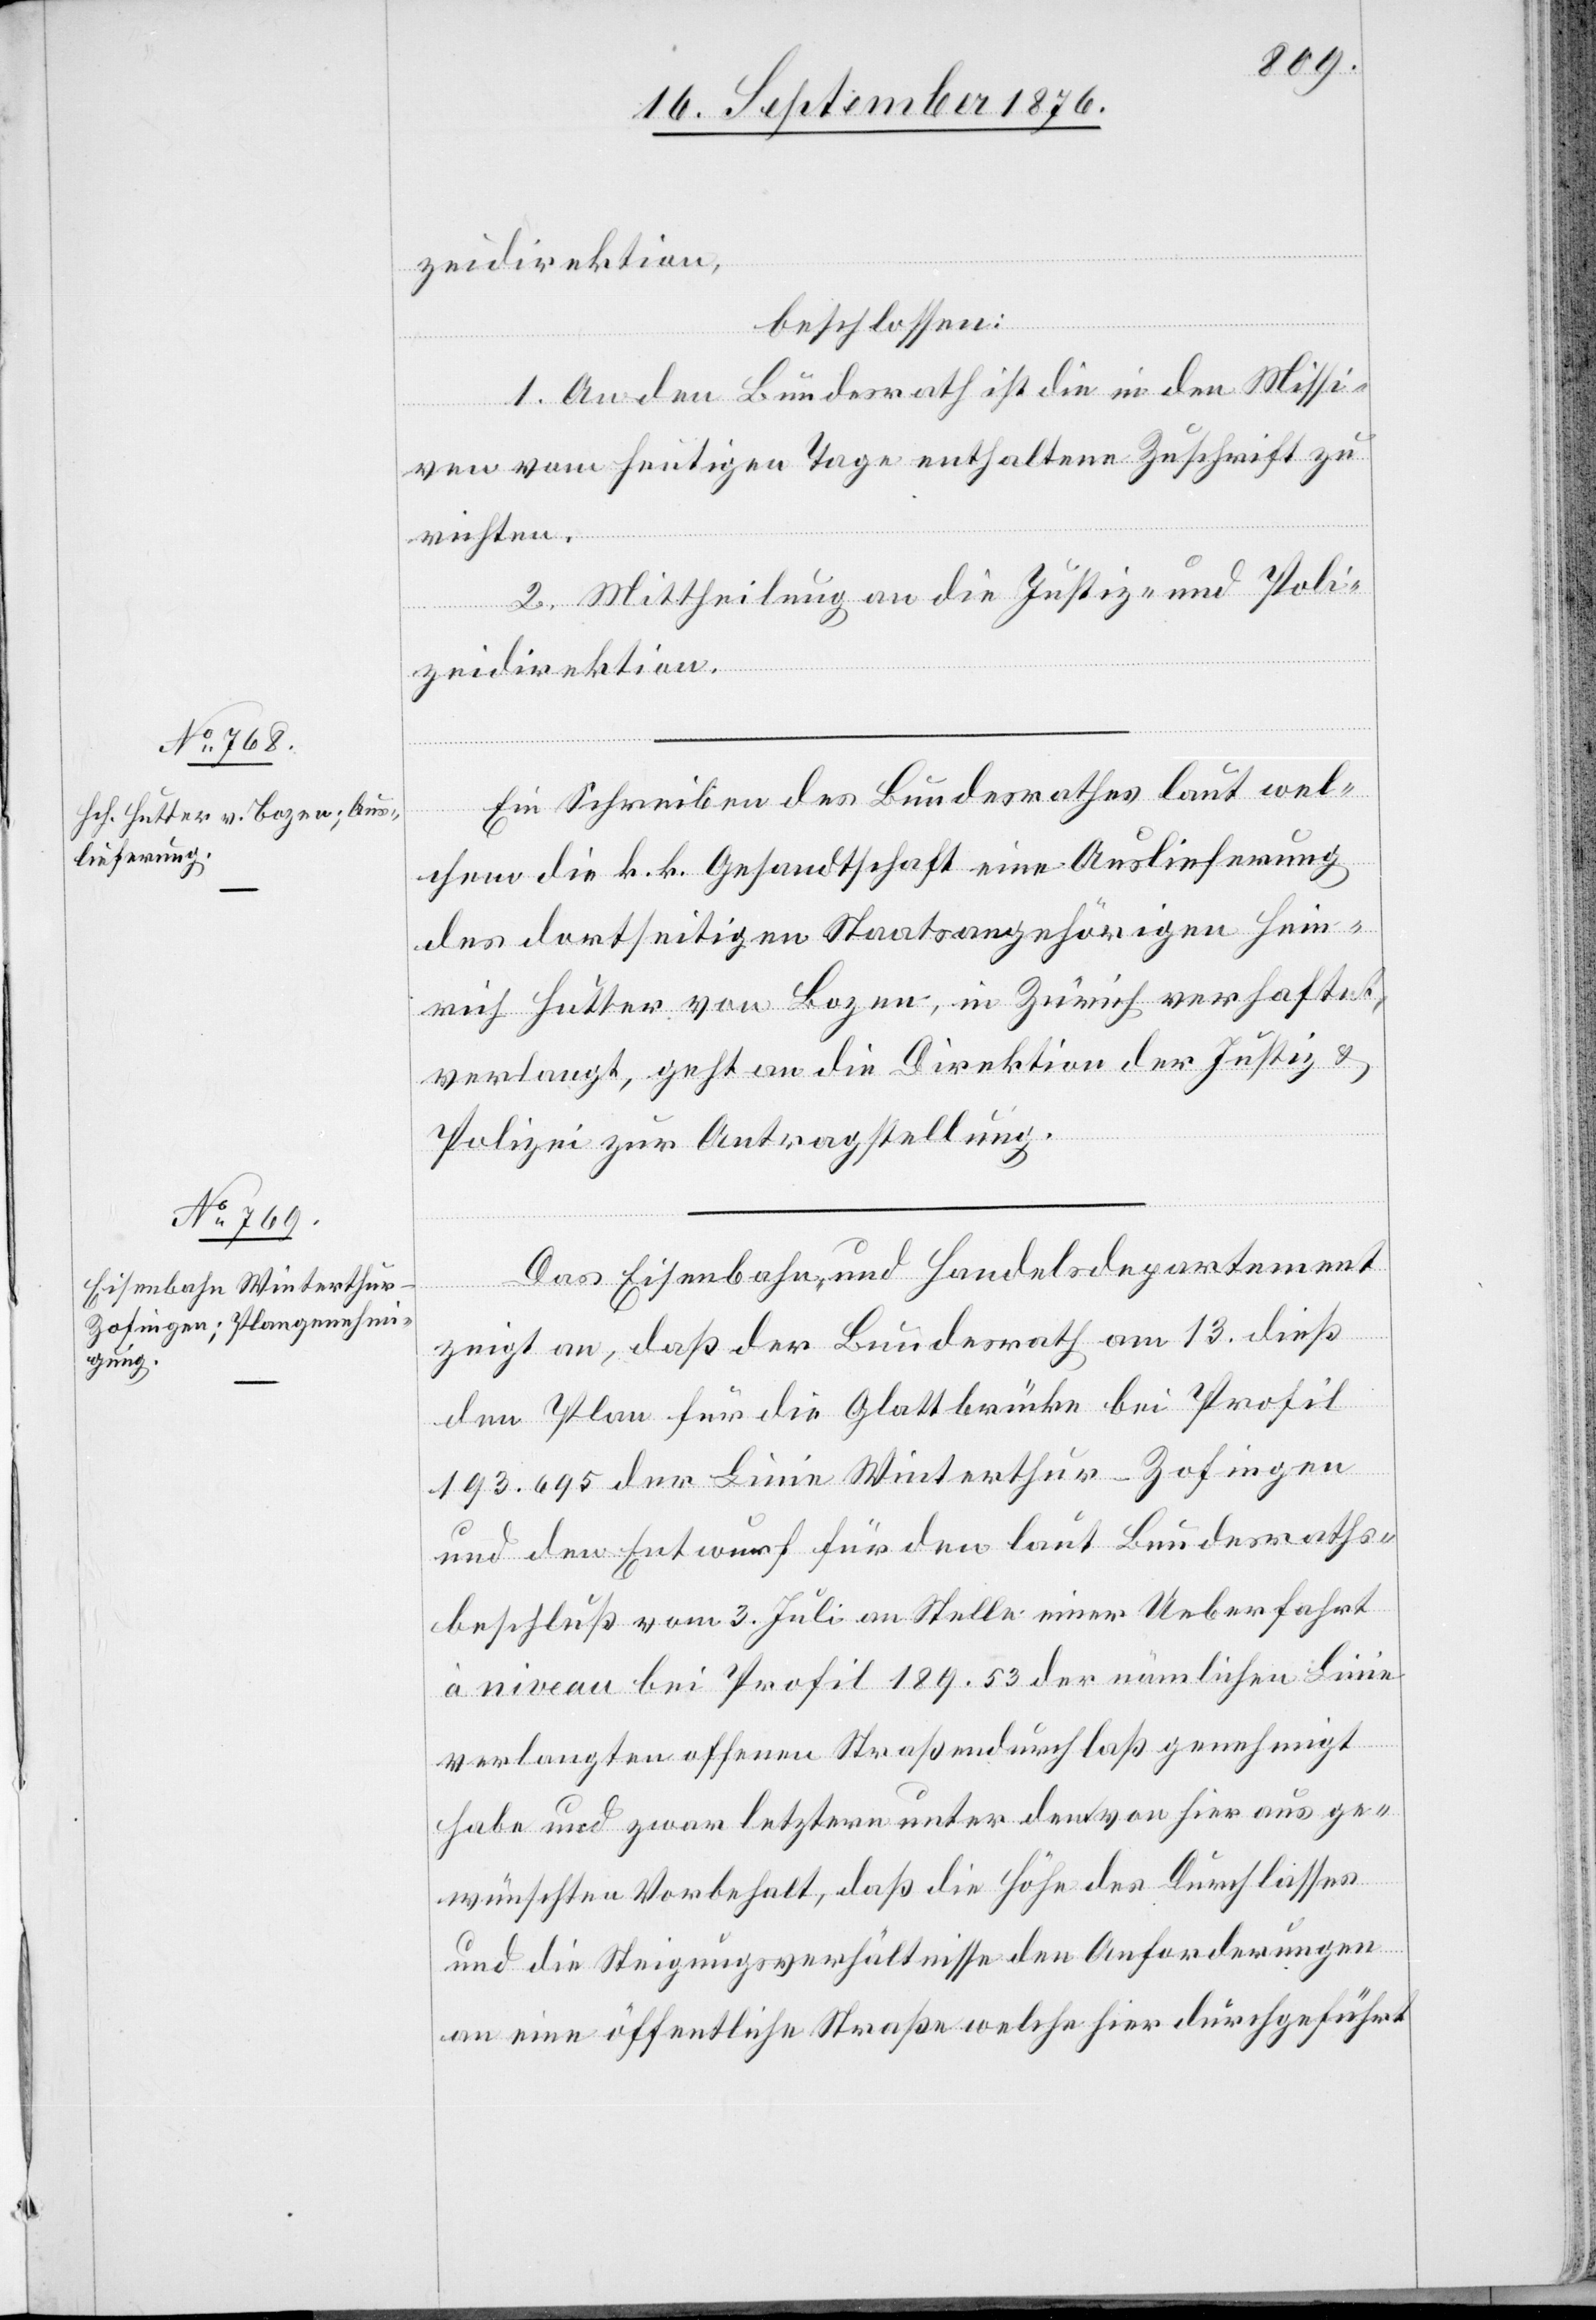
ellung.

18. September 1876.]
zeidirektion,
beschlossen:
1. An den Bundesrath ist die in den Missi¬
ven vom heutigen Tage enthaltene Zuschrift zu
richten.
2. Mittheilung an die Justiz- und Poli¬
zeidirektion.
Ein Schreiben des Bundesrathes laut wel¬
chem die k. k. Gesandtschaft eine Auslieferung
des dortseitigen Staatsangehörigen Hein¬
rich Hutter von Bozen, in Zürich verhaftet,
verlangt, geht an die Justiz- & Polizeidirektion zur Antragst¬
Das Eisenbahn- und Handelsdepartement
zeigt an, daß der Bundesrath am 13. dieß
den Plan für die Glattbrücke bei Profil
193.695 der Linie Winterthur–Zofingen
und den Entwurf für den laut Bundesraths¬
beschluß vom 3. Juli an Stelle einer Ueberfahrt
à niveau bei Profil 189.53 der nämlichen Linie
verlangten offenen Straßendurchlaß genehmigt
habe und zwar letztere unter dem von hier aus ge¬
wünschten Vorbehalt, daß die Höhe des Durchlasses
und die Steigungsverhältnisse den Anforderungen
an eine öffentliche Straße welche hier durchgeführt